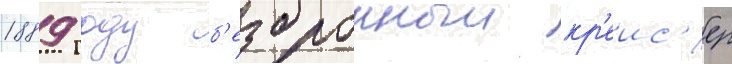
1889 году б'езбронныи кр'еис'ер